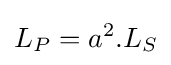
L_{P}=a^{2}.L_{S}